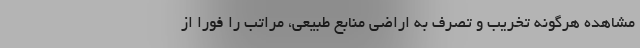
مشاهده هرگونه تخریب و تصرف به اراضی منابع طبیعی، مراتب را فوراً از